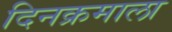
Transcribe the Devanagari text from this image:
दिनक्रमाला